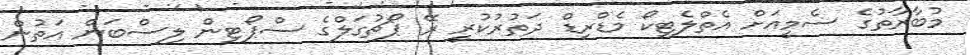
މުބާރާތުގެ ސެމީއަށް އެތްލެޓިކޯ މެޑްރިޑް ދަތުރުކުރީ ރޭ ޕޯޗުގަލްގެ ސްޕޯޓިން ލިސްބަން އަތުން